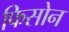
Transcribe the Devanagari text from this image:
फिसोन